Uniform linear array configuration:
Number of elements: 8
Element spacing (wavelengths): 0.5
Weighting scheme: hamming
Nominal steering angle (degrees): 60
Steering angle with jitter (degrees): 61.195
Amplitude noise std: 0.05
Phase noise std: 0.05

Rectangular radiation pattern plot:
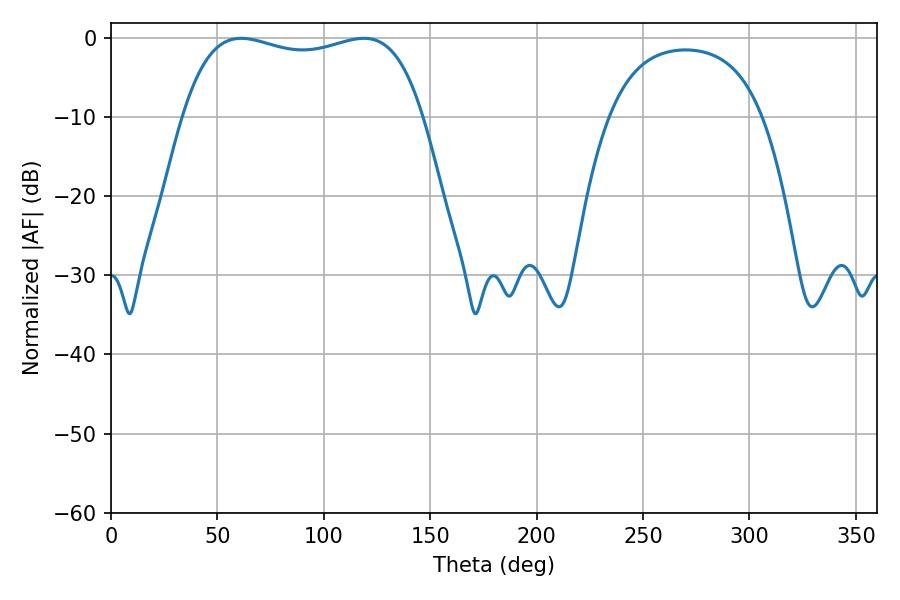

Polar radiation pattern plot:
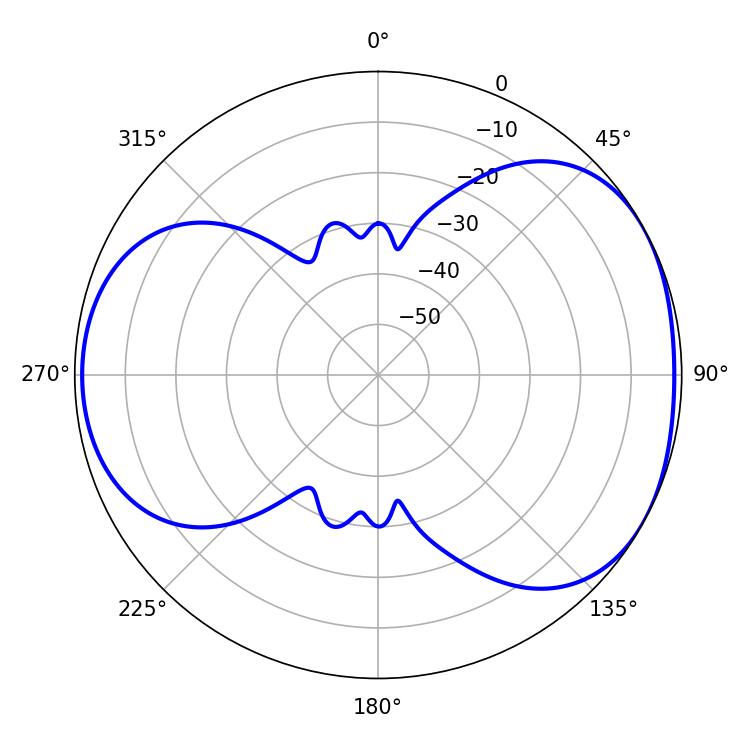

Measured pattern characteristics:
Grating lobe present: FALSE
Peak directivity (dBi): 4.606
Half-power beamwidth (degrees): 91.44
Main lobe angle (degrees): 61.2